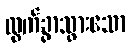
ထွက်ခွာသွားသော